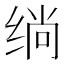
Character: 绱